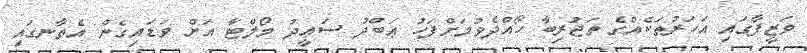
ވަޒީފާގައި އަހަރުތަކެއްގެ ތަޖުރިބާ ހޯއްދެވުމަށްފަހު ޢަބްދު ސަޢީދު މޯލްޓާ އަށް ވަޑައިގެން އެތާނގައި